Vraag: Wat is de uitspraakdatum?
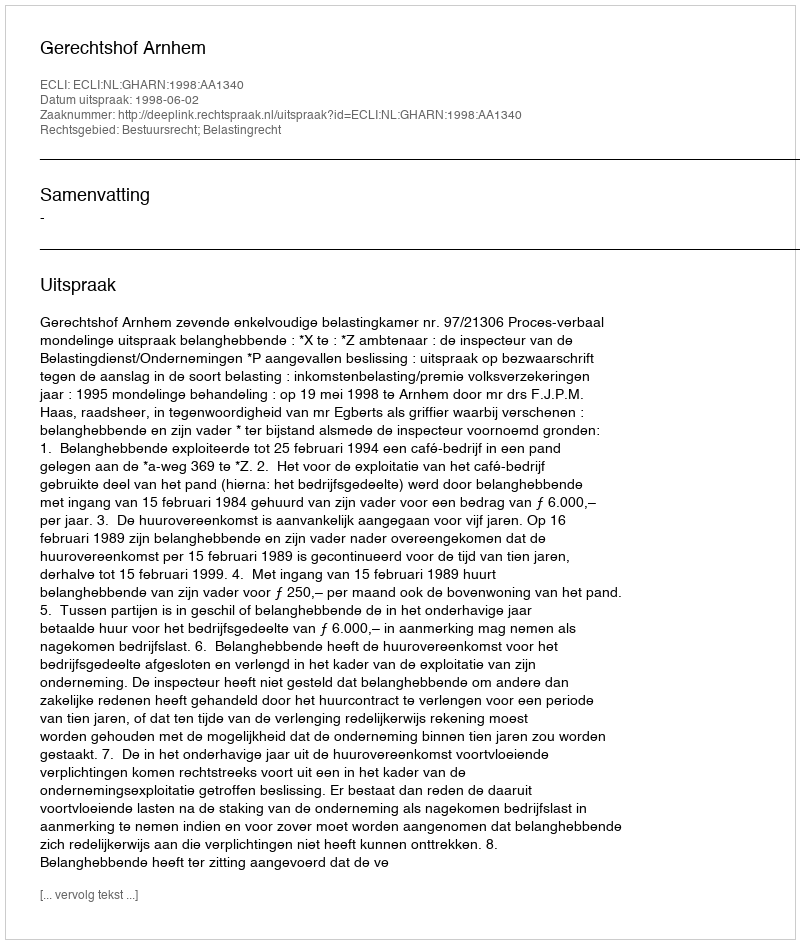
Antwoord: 1998-06-02